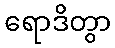
ရောဒိတွာ